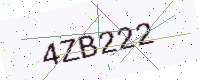
Text: 4ZB222